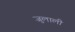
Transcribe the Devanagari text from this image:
जुलाली